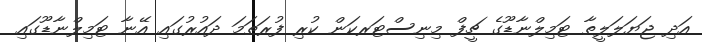
އަދި ޖަޔަލަލީތާ ޓަމިލްނާޑޫގެ ޗީފް މިނިސްޓަރކަން ކުރި ފުރަތަމަ ދައުރުގައި އޭނާ ޓަމިލްނާޑޫގައި